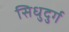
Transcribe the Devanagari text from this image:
सिधुदुर्ग